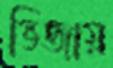
ভিজায়